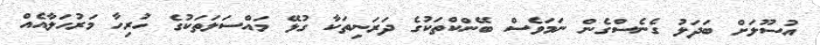
އުސޫލަށް ބަދަލު ގެނެސްގެން ނަމަވެސް ބޭންކްތަކުގެ ދަރަނިތަކާ ގުޅޭ މައްސަލަތަކުގެ ހުރިހާ މަރުހަލާއެއް